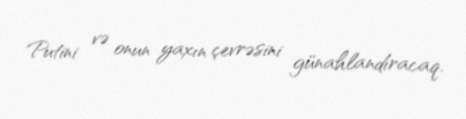
Putini və onun yaxın çevrəsini günahlandıracaq.